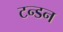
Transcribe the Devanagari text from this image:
टन्डन